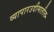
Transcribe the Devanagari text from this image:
व्यापारउदीमातील